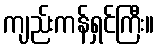
ကျည်းကန်ရှင်ကြီး။